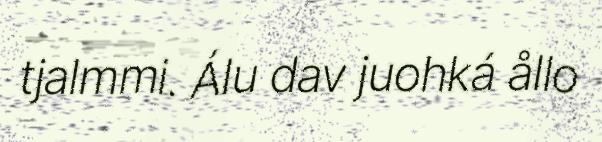
tjalmmi. Álu dav juohká ållo